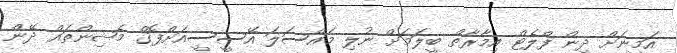
އަމީނަށް ދިން ފްލެޓް އިމާރާތް ބީލަމަށް ނުލި މައްސަލަ އޭސީސީއަށްފޮގް މެޝިންތައް ދޭން